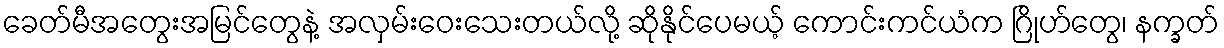
ခေတ်မီအတွေးအမြင်တွေနဲ့ အလှမ်းဝေးသေးတယ်လို့ ဆိုနိုင်ပေမယ့် ကောင်းကင်ယံက ဂြိုဟ်တွေ၊ နက္ခတ်